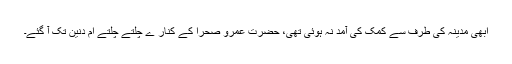
ابھی مدینہ کی طرف سے کمک کی آمد نہ ہوئی تھی، حضرت عمرو صحرا کے کنار ے چلتے چلتے ام دنین تک آ گئے۔